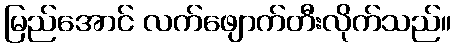
မြည်အောင် လက်ဖျောက်တီးလိုက်သည်။